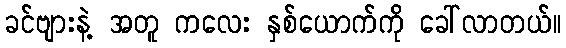
ခင်ဗျားနဲ့ အတူ ကလေး နှစ်ယောက်ကို ခေါ်လာတယ်။